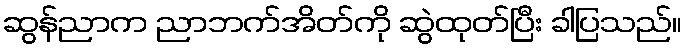
ဆွန်ညာက ညာဘက်အိတ်ကို ဆွဲထုတ်ပြီး ခါပြသည်။